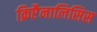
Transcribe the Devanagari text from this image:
क्रिप्टैनालिसिस